Report of the Indian Hemp Drugs Commission, 1894-1895 - Volume III
Year: 1894
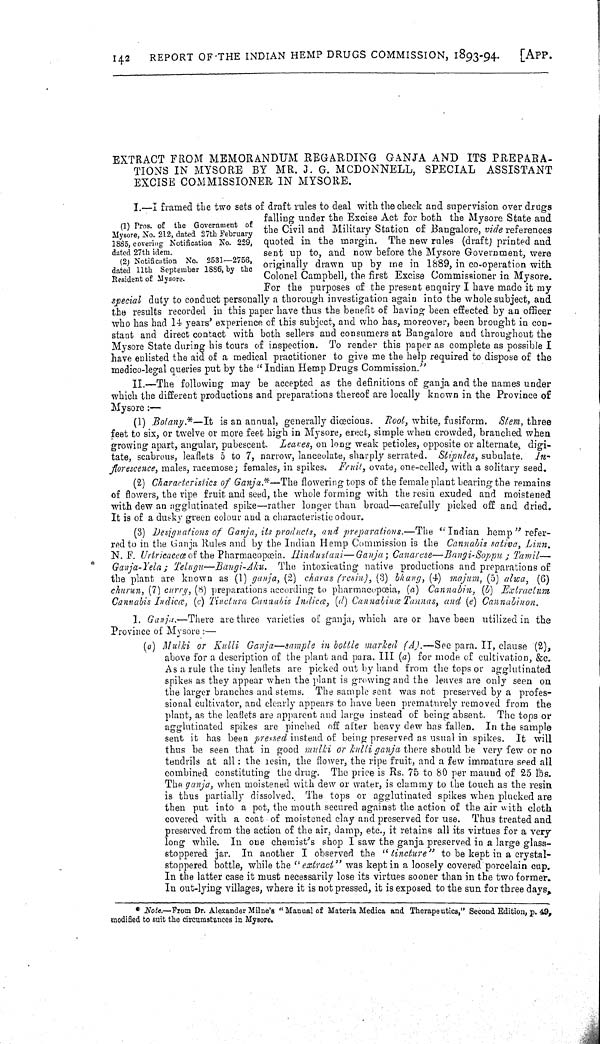
142
REPORT OF THE INDIAN HEMP DRUGS COMMISSION, 1893-94.
[APP.
EXTRACT FROM MEMORANDUM REGARDING GANJA AND ITS PREPARA-
TIONS IN MYSORE BY MR. J. G. MCDONNELL, SPECIAL
ASSISTANT
EXCISE COMMISSIONER IN MYSORE.
(1) Pros. of the Government of
Mysore, No. 212, dated 27th February
1885, covering Notification No. 229,
dated 27th idem.
(2) Notification No. 2531-2756,
dated 11th September 1886, by the
Resident of Mysore.
I.-I
framed the two sets of draft rules to deal with the check and supervision over drugs
falling under the Excise Act for both the Mysore State and
the Civil and Military Station of Bangalore, vide references
quoted in the margin. The new rules (draft) printed and
sent up to, and now before the Mysore Government, were
originally drawn up by me in 1889, in co-operation with
Colonel Campbell, the first Excise Commissioner in Mysore.
For the purposes of the present enquiry I have made it my
special duty to conduct personally a thorough investigation again into the whole subject, and
the results recorded in this paper have thus the benefit of having been effected by an officer
who has had 14 years' experience of this subject, and who has, moreover, been brought in con-
stant and direct contact with both sellers and consumers at Bangalore and throughout the
Mysore State during his tours of inspection. To render this paper as complete as possible I
have enlisted the aid of a medical practitioner to give me the help required to dispose of the
medico-legal queries put by the "Indian Hemp Drugs Commission."
II.-The following may be accepted as the definitions of ganja and the names under
which the different productions and preparations thereof are locally known in the Province of
Mysore:—
(1) Botany.*—It
is an annual, generally diœcious. Root, white, fusiform. Stem, three
feet to six, or twelve or more feet high in Mysore, erect, simple when crowded, branched when
growing apart, angular, pubescent. Leaves, on long weak petioles, opposite or alternate, digi-
tate, scabrous, leaflets 5 to 7, narrow, lanceolate, sharply serrated. Stipules, subulate.
In-
florescence, males, racemose; females, in spikes. Fruit, ovate, one-celled, with a solitary seed.
(2) Characteristics of Ganja.*—The flowering tops of the female plant bearing the remains
of flowers, the ripe fruit and seed, the whole forming with the resin exuded and moistened
with dew an agglutinated spike—rather longer than broad—carefully picked off and dried.
It is of a dusky green colour and a characteristic odour.
(3) Designations of Ganja, its products, and preparations.—The
"Indian hemp" refer-
red to in the Ganja Rules and by the Indian Hemp Commission is the Cannabis sativa, Linn.
N. F. Urtricaceœ of the Pharmacopœia. Hindustani—Ganja;
Canarese—Bangi-Soppu;
Tamil—
Ganja-Yela;
Telugu—Bangi-Aku.
The intoxicating native productions and preparations of
the plant are known as (1) ganja, (2) charas (resin), (3) bhang, (4) majum, (5) alwa, (6)
churun, (7) curry, (8) preparations according to pharmacopœia, (a) Cannabin, (b)
Extractum
Cannabis Indicœ, (c) Tinctura Cannabis Indicœ, (d) Cannabinœ Tannas, and (e) Cannabinon.
1. Ganja.-There
are three varieties of ganja, which are or have been utilized in the
Province of Mysore:—
(a) Mulki
or Kulli
Ganja—sample in bottle marked (A).—See para. II, clause (2),
above for a description of the plant and para. III (a) for mode of cultivation, &c.
As a rule the tiny leaflets are picked out by hand from the tops or agglutinated
spikes as they appear when the plant is growing and the leaves are only seen on
the larger branches and stems. The sample sent was not preserved by a profes-
sional cultivator, and clearly appears to have been prematurely removed from the
plant, as the leaflets are apparent and large instead of being absent. The tops or
agglutinated spikes are pinched off after heavy dew has fallen. In the sample
sent it has been pressed instead of being preserved as usual in spikes. It will
thus be seen that in good mulki or kulli ganja there should be very few or no
tendrils at all: the resin, the flower, the ripe fruit, and a few immature seed all
combined constituting the drug. The price is Rs. 75 to 80 per maund of 25 lbs.
The ganja, when moistened with dew or water, is clammy to the touch as the resin
is thus partially dissolved. The tops or agglutinated spikes when plucked are
then put into a pot, the mouth secured against the action of the air with cloth
covered with a coat of moistened clay and preserved for use. Thus treated and
preserved from the action of the air, damp, etc., it retains all its virtues for a very
long while. In one chemist's shop I saw the ganja preserved in a large glass-
stoppered jar. In another I observed the "tincture"
to be kept in a crystal-
stoppered bottle, while the "extract" was kept in a loosely covered porcelain cup.
In the latter case it must necessarily lose its virtues sooner than in the two former.
In out-lying villages, where it is not pressed, it is exposed to the sun for three days,
* Note.—From Dr. Alexander Milne's "Manual of Materia Medica and Therapeutics," Second Edition, p. 49,
modified to suit the circumstances in Mysore.